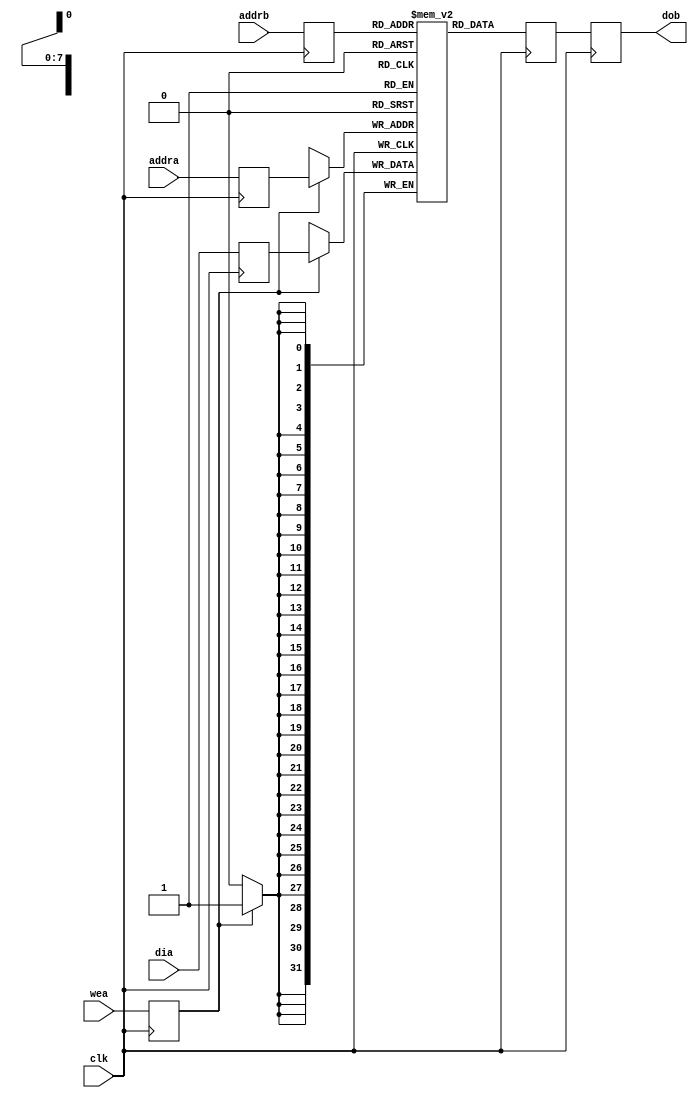

//     Licensed to the Apache Software Foundation (ASF) under one
// or more contributor license agreements.  See the NOTICE file
// distributed with this work for additional information
// regarding copyright ownership.  The ASF licenses this file
// to you under the Apache License, Version 2.0 (the
// "License"); you may not use this file except in compliance
// with the License.  You may obtain a copy of the License at
// 
//   http://www.apache.org/licenses/LICENSE-2.0
// 
// Unless required by applicable law or agreed to in writing,
// software distributed under the License is distributed on an
// "AS IS" BASIS, WITHOUT WARRANTIES OR CONDITIONS OF ANY
// KIND, either express or implied.  See the License for the
// specific language governing permissions and limitations
// under the License.  


/*****************************************************************************/
//
// Description : Implements a single port RAM with block ram. The ram is a fully
//               pipelined implementation -- 3 clock cycles from new read address
//               to new data                                                     
//
//
/*****************************************************************************/


module dp_block_read_first_ram
#(parameter DATA_WIDTH=32,
  parameter ADDR_WIDTH=8)
(
  input clk, 

  input wea,
  input [ADDR_WIDTH-1:0] addra,
  input [ADDR_WIDTH-1:0] addrb,
  input [DATA_WIDTH-1:0] dia,
  output [DATA_WIDTH-1:0] dob
);

localparam ADDR_P1 = ADDR_WIDTH + 1;
localparam DATA_MSB = DATA_WIDTH - 1;
localparam ADDR_MSB = ADDR_WIDTH - 1;
localparam DEPTH = 2 ** ADDR_WIDTH;

(* ram_style = "block" *) reg [DATA_MSB:0] ram [DEPTH-1:0];

reg [ADDR_MSB:0] addra_d;
reg [ADDR_MSB:0] addrb_d;
reg wea_d;
reg [DATA_MSB:0] dia_d;
reg [DATA_MSB:0] dob_d;
reg [DATA_MSB:0] ram_pipe;
assign dob = dob_d;

integer i;
initial begin
    for (i = 0; i < DEPTH; i=i+1) begin
        ram[i] = 0;
    end
end

// port a
always @(posedge clk)
begin
    if (wea_d == 1'b1) begin
      ram[addra_d] <= dia_d;
    end
    dia_d <= dia;
    addra_d <= addra;
    wea_d <= wea;
end

// port b
always @(posedge clk)
begin
    addrb_d <= addrb;
    ram_pipe <= ram[addrb_d];
    dob_d <= ram_pipe;
end

endmodule